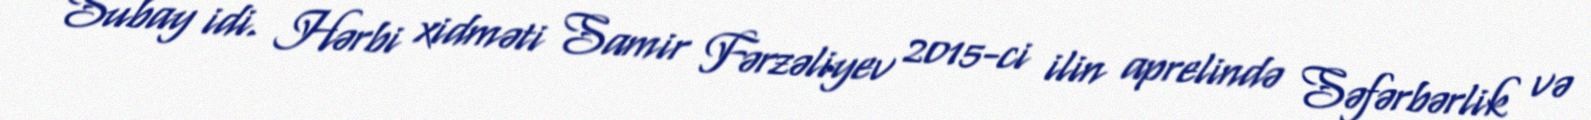
Subay idi. Hərbi xidməti Samir Fərzəliyev 2015-ci ilin aprelində Səfərbərlik və